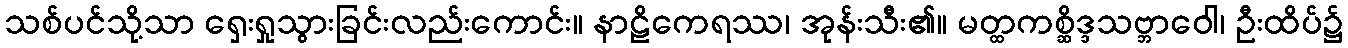
သစ်ပင်သို့သာ ရှေးရှုသွားခြင်းလည်းကောင်း။ နာဠိကေရဿ၊ အုန်းသီး၏။ မတ္ထကစ္ဆိဒ္ဒသဗ္ဘာဝေါ၊ ဦးထိပ်၌